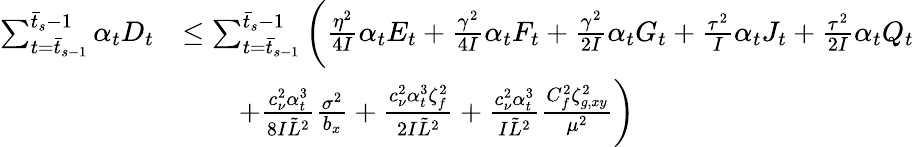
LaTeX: \begin{array}{rl}{\sum_{t=\bar{t}_{s-1}}^{\bar{t}_{s}-1}\alpha_{t}D_{t}}&{\leq\sum_{t=\bar{t}_{s-1}}^{\bar{t}_{s}-1}\bigg(\frac{\eta^{2}}{4I}\alpha_{t}E_{t}+\frac{\gamma^{2}}{4I}\alpha_{t}F_{t}+\frac{\gamma^{2}}{2I}\alpha_{t}G_{t}+\frac{\tau^{2}}{I}\alpha_{t}J_{t}+\frac{\tau^{2}}{2I}\alpha_{t}Q_{t}}\\ &{\qquad+\frac{c_{\nu}^{2}\alpha_{t}^{3}}{8I\tilde{L}^{2}}\frac{\sigma^{2}}{b_{x}}+\frac{c_{\nu}^{2}\alpha_{t}^{3}\zeta_{f}^{2}}{2I\tilde{L}^{2}}+\frac{c_{\nu}^{2}\alpha_{t}^{3}}{I\tilde{L}^{2}}\frac{C_{f}^{2}\zeta_{g,xy}^{2}}{\mu^{2}}\bigg)}\end{array}